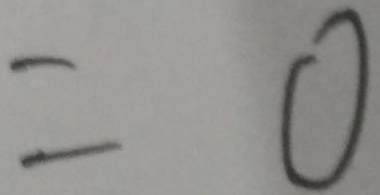
= 0